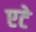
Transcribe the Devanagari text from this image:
एटे